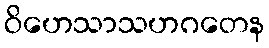
ဝိဟေသာသဟဂတေန